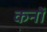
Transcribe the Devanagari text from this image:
कनों